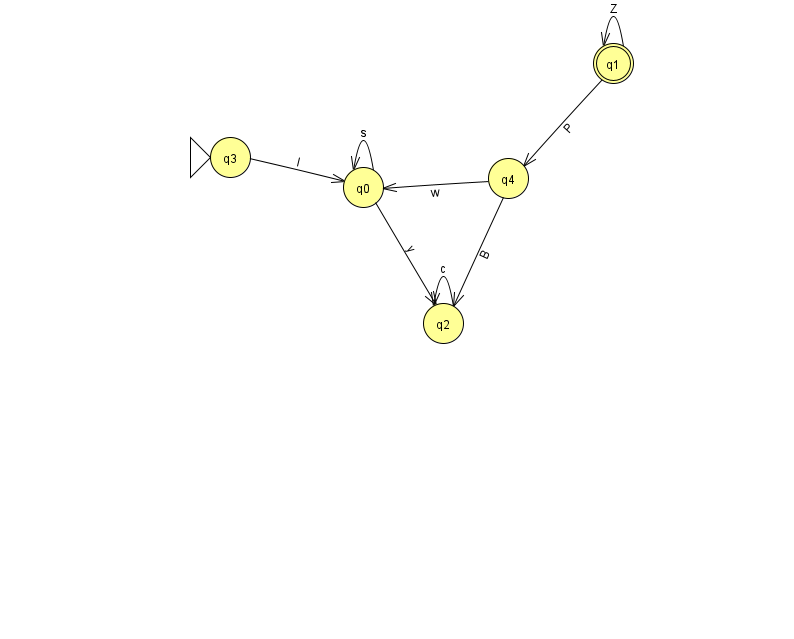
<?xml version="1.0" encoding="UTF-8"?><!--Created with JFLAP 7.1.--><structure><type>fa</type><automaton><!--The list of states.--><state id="0" name="q0"><x>363.0</x><y>174.0</y></state><state id="1" name="q1"><x>613.0</x><y>50.0</y><final/></state><state id="2" name="q2"><x>443.0</x><y>310.0</y></state><state id="3" name="q3"><x>230.0</x><y>144.0</y><initial/></state><state id="4" name="q4"><x>508.0</x><y>165.0</y></state><!--The list of transitions.--><transition><from>4</from><to>2</to><read>B</read></transition><transition><from>0</from><to>0</to><read>s</read></transition><transition><from>0</from><to>2</to><read>y</read></transition><transition><from>1</from><to>4</to><read>P</read></transition><transition><from>2</from><to>2</to><read>c</read></transition><transition><from>1</from><to>1</to><read>Z</read></transition><transition><from>3</from><to>0</to><read>I</read></transition><transition><from>4</from><to>0</to><read>w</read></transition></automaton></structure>